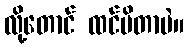
လို့တောင် ထင်မိတာပဲ။